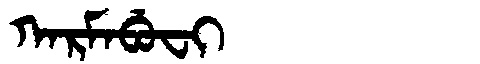
Manchu: ᡴᠠᡵᠮᠠᠪᡠᠸᡳ
Romanization: KARMABUFI